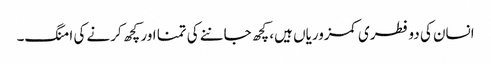
انسان کی دو فطری کمزوریاں ہیں، کچھ جاننے کی تمنا اور کچھ کرنے کی امنگ۔